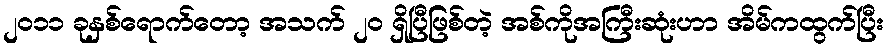
၂၀၁၁ ခုနှစ်ရောက်တော့ အသက် ၂၀ ရှိပြီဖြစ်တဲ့ အစ်ကိုအကြီးဆုံးဟာ အိမ်ကထွက်ပြီး